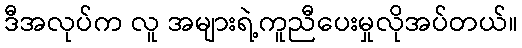
ဒီအလုပ်က လူ အများရဲ့ကူညီပေးမှုလိုအပ်တယ်။